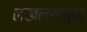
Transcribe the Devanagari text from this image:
लखलखत्या